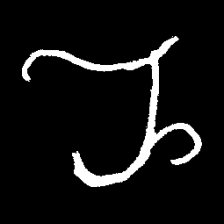
Pyu character \u2014 Myanmar letter: ည (romanized: nya)